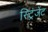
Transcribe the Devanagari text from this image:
स्ट्रिंजेंट